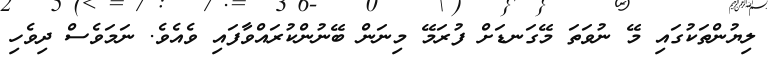
ލިޔުންތަކުގައި މޭ ނުވަތަ މޭގަނޑަށް ފުރަމޭ މިނަން ބޭނުންކުރައްވާފައި ވެއެވެ. ނަމަވެސް ދިވެހި